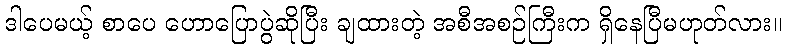
ဒါပေမယ့် စာပေ ဟောပြောပွဲဆိုပြီး ချထားတဲ့ အစီအစဉ်ကြီးက ရှိနေပြီမဟုတ်လား။